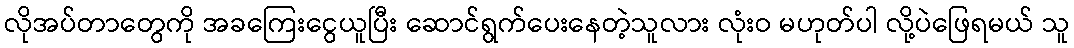
လိုအပ်တာတွေကို အခကြေးငွေယူပြီး ဆောင်ရွက်ပေးနေတဲ့သူလား လုံးဝ မဟုတ်ပါ လို့ပဲဖြေရမယ် သူ